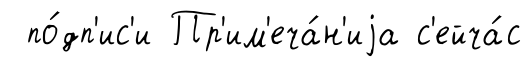
по́дп'ис'и Пр'им'еча́н'иjа с'ейча́с